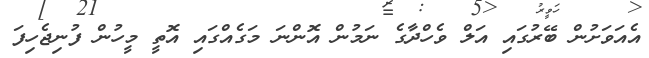
އެއަވަށުން ބޭރުގައި އަލް ވެހްދާގެ ނަމުން އޮންނަ މަގެއްގައި އޮތީ މީހުން ފުނިޖެހިފަ